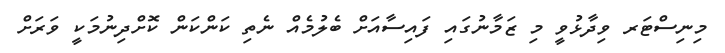
މިނިސްޓަރ ވިދާޅުވީ މި ޒަމާނުގައި ފައިސާއަށް ބެލުމެއް ނެތި ކަންކަން ކޮށްދިނުމަކީ ވަރަށް